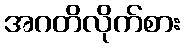
အဂတိလိုက်စား